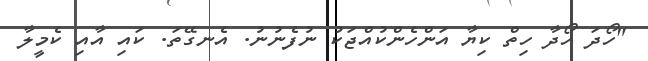
"ހޯދަ ހޯދާ ހިތް ކިޔާ އަންހެންކުއްޖަކު ނުފެނުނު. އެނގޭތަ. ކައި އާއި ކެމީލާ